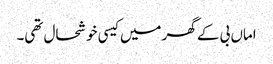
اماں بی کے گھر میں کیسی خوشحال تھی۔